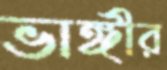
ভাঙ্গীর